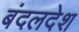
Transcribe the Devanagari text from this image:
बंदलदेश